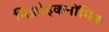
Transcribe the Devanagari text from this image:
मिक्रोइकनॉमिक